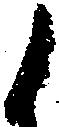
候